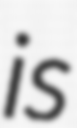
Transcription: is